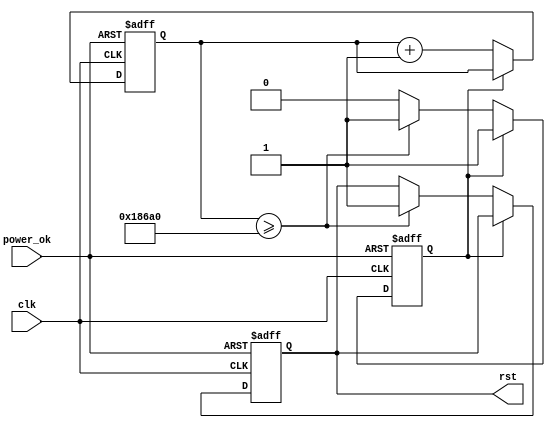
module PowerOnReset #(
    parameter RESET_DURATION = 100000 // Duration of reset in clock cycles (can be adjusted)
)(
    input wire clk,               // System clock
    input wire power_ok,          // Signal indicating power is stable
    output reg rst               // Active low reset signal
);

    reg [31:0] counter;          // Counter for reset duration
    reg power_stable;            // State to indicate power stability

    // Initially, the reset is active
    initial begin
        rst = 1'b0; // Active low reset
        counter = 32'd0;
        power_stable = 1'b0;
    end

    // Main behavior
    always @(posedge clk or negedge power_ok) begin
        if (!power_ok) begin
            // If power is lost, assert reset immediately
            rst <= 1'b0;
            counter <= 32'd0;
            power_stable <= 1'b0;
        end else begin
            // When power is stable, count until the reset duration
            if (!power_stable) begin
                counter <= counter + 1;

                if (counter >= RESET_DURATION) begin
                    // When counter exceeds reset duration, deassert reset
                    rst <= 1'b1; // Release the reset signal
                    power_stable <= 1'b1; // Set stable power state
                end
            end
        end
    end

endmodule